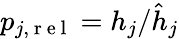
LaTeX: p_{j,\mathrm{~r~e~l~}}={h}_{j}/\hat{h}_{j}